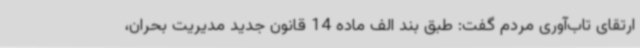
ارتقای تاب‌آوری مردم گفت: طبق بند الف ماده 14 قانون جدید مدیریت بحران،